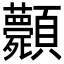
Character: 𩖎